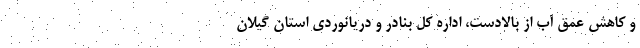
و کاهش عمق آب از بالادست، اداره کل بنادر و دریانوردی استان گیلان